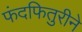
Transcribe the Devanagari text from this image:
फंदफितुरीने